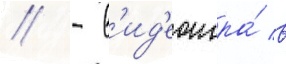
// - в'ид'еоигра́ в